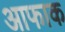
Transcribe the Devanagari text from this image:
आफाक